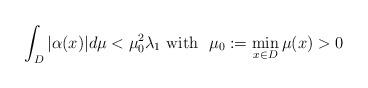
LaTeX: \begin{align*}\int_D|\alpha(x)|d\mu<\mu_0^2\lambda_1\mbox{ with }\,\, \mu_0:=\min_{x\in D}\mu(x)>0\end{align*}